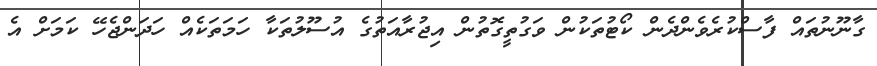
ގާނޫނުތައް ފާސްކުރެވެންދެން ކޯޓުތަކުން ވަގުތީގޮތުން އިޖުރާއަތުގެ އުސޫލުތަކާ ހަމަތަކެއް ހަދަންޖެހޭ ކަމަށް އެ